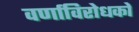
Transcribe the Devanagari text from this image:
वर्णाविरोधकों